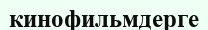
кинофильмдерге